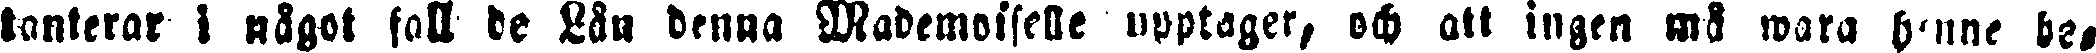
tanterar i något fall de Lån denna Mademoiselle upptager, och att ingen må wara henne be-